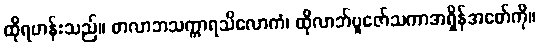
ထိုရဟန်းသည်။ တလာဘသက္ကာရသိလောကံ၊ ထိုလာဘ်ပူဇော်သကာအရှိန်အစော်ကို။